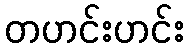
တဟင်းဟင်း